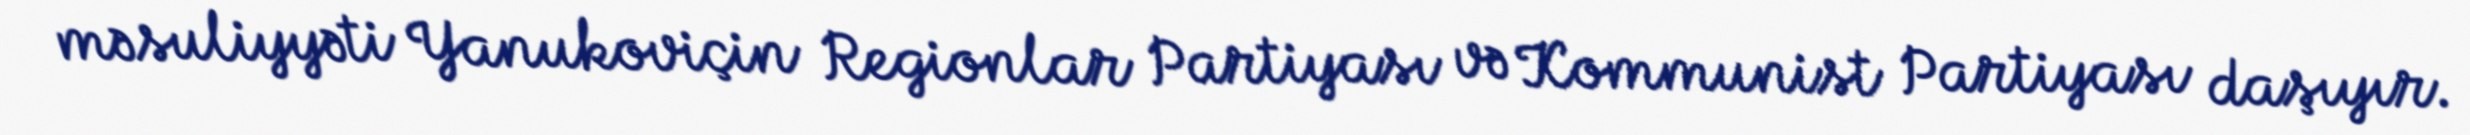
məsuliyyəti Yanukoviçin Regionlar Partiyası və Kommunist Partiyası daşıyır.